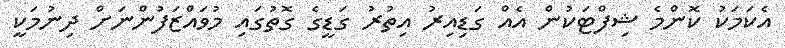
އެކަމަކު ކޮންމެ ޝިފްޓަކުން އެއް ގަޑިއިރު އިތުރު ގަޑީގެ ގޮތުގައި މުވައްޒަފުންނަށް ދިނުމަކީ